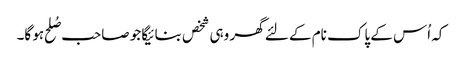
کہ اُس کے پاک نام کے لئے گھر وہی شخص بنائیگا جو صاحب صُلح ہو گا۔